Document type: payment_order
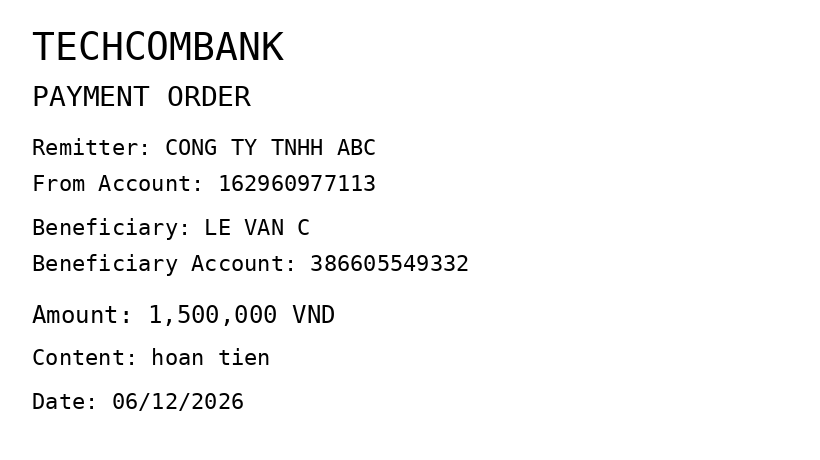
OCR transcript:
TECHCOMBANK
PAYMENT ORDER
Remitter: CONG TY TNHH ABC
From Account: 162960977113
Beneficiary: LE VAN C
Beneficiary Account: 386605549332
Amount: 1,500,000 VND
Content: hoan tien
Date: 06/12/2026
Extracted fields:
bank_name: techcombank
sender_name: cong ty tnhh abc
sender_account: 162960977113
beneficiary_name: le van c
beneficiary_account: 386605549332
amount: 1500000
content: hoan tien
date: 2026-12-06